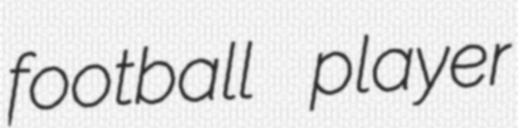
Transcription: football player